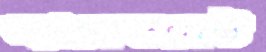
অ্যামেন্ডমেন্ট